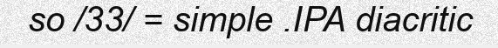
so /33/ = simple .IPA diacritic